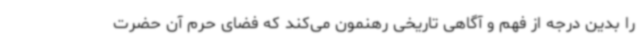
را بدین درجه از فهم و آگاهی تاریخی رهنمون می‌کند که فضای حرم آن حضرت